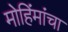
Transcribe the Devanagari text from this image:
मोहिंमांचा